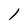
Character: l